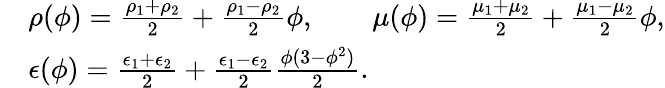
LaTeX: \begin{array}{rl}&{\rho(\phi)=\frac{\rho_{1}+\rho_{2}}{2}+\frac{\rho_{1}-\rho_{2}}{2}\phi,\qquad\mu(\phi)=\frac{\mu_{1}+\mu_{2}}{2}+\frac{\mu_{1}-\mu_{2}}{2}\phi,}\\ &{\epsilon(\phi)=\frac{\epsilon_{1}+\epsilon_{2}}{2}+\frac{\epsilon_{1}-\epsilon_{2}}{2}\frac{\phi(3-\phi^{2})}{2}.}\end{array}